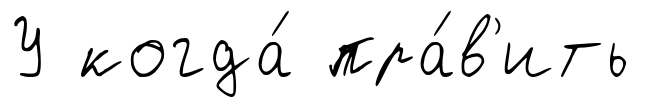
У когда́ пра́в'ить